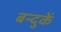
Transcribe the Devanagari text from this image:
बन्दुकें